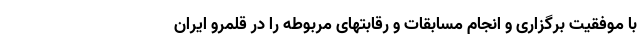
با موفقیت برگزاری و انجام مسابقات و رقابتهای مربوطه را در قلمرو ایران